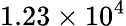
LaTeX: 1.23\times 10^{4}